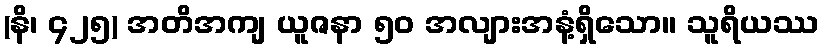
(နိ၊ ၄၂၅) အတိအကျ ယူဇနာ ၅၀ အလျားအနံ့ရှိသော။ သူရိယဿ